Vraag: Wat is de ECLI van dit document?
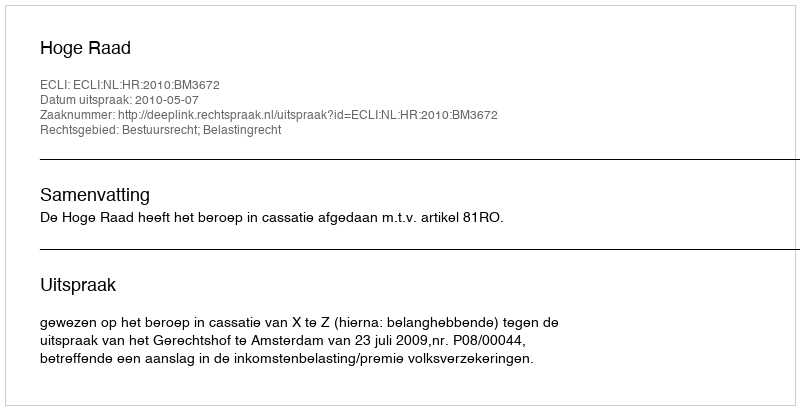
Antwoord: ECLI:NL:HR:2010:BM3672